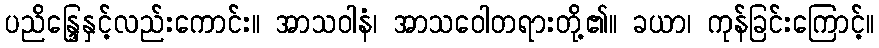
ပညိန္ဒြေနှင့်လည်းကောင်း။ အာသဝါနံ၊ အာသဝေါတရားတို့၏။ ခယာ၊ ကုန်ခြင်းကြောင့်။